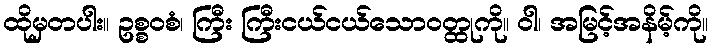
ထိုမှတပါး။ ဥစ္စဝစံ၊ ကြီး ကြီးငယ်ငယ်သောဝတ္ထုကို။ ဝါ၊ အမြင့်အနိမ့်ကို။